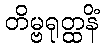
တိမ္ဗရုတ္ထနိံ